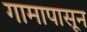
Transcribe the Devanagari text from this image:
गामापासून